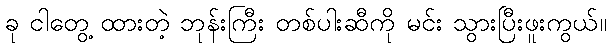
ခု ငါတွေ့ ထားတဲ့ ဘုန်းကြီး တစ်ပါးဆီကို မင်း သွားပြီးဖူးကွယ်။